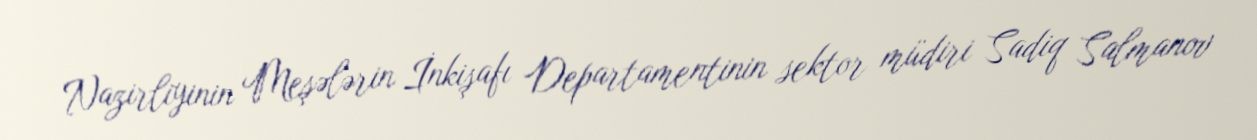
Nazirliyinin Meşələrin İnkişafı Departamentinin sektor müdiri Sadiq Salmanov